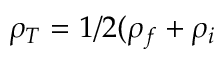
\rho _ { T } = 1 / 2 ( \rho _ { f } + \rho _ { i }